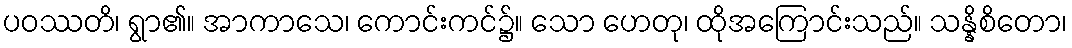
ပဝဿတိ၊ ရွာ၏။ အာကာသေ၊ ကောင်းကင်၌။ သော ဟေတု၊ ထိုအကြောင်းသည်။ သန္နိစိတော၊